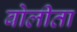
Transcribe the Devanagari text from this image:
बोलीता